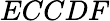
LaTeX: ECCDF